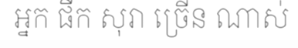
អ្នក ផឹក សុរា ច្រើន ណាស់